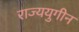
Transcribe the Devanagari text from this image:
राज्ययुगीन